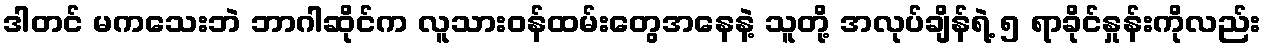
ဒါတင် မကသေးဘဲ ဘာဂါဆိုင်က လူသားဝန်ထမ်းတွေအနေနဲ့ သူတို့ အလုပ်ချိန်ရဲ့ ၅ ရာခိုင်နှုန်းကိုလည်း